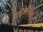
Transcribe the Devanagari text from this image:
प्रतिज्ञाविरोध